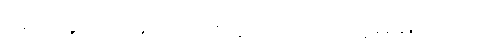
အဲအခုပြောမယ့် တစ်ခါက ဘယ်သူမှ မပါဘူး။